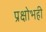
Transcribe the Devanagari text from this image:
प्रक्षोभही